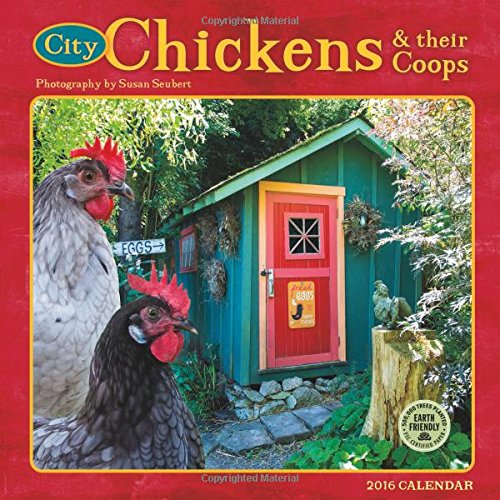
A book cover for City Chickens & Their Coops 2016 Wall Calendar; Amber Lotus Publishing; Crafts, Hobbies & Home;